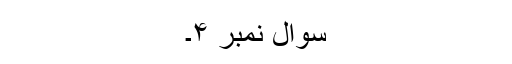
سوال نمبر ۴۔